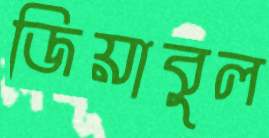
জিয়াবুল